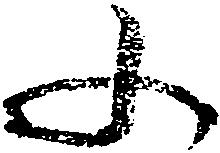
ふ